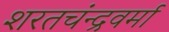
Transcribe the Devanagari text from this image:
शरतचंन्द्रवर्मा